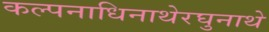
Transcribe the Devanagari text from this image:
कल्पनाधिनाथेरघुनाथे